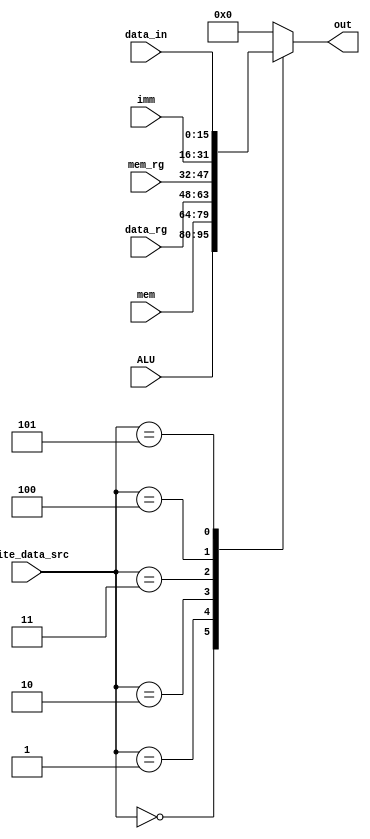
module Mux6 (write_data_src, ALU, data_rg, mem_rg, mem, imm, data_in, out);
	
	input [2:0] write_data_src;
	input [15:0] ALU, data_rg, mem_rg, mem, imm, data_in;
	output reg [15:0] out;
	
	always@(write_data_src or data_rg or mem_rg or mem or imm or ALU or data_in)
		begin
			case(write_data_src)
				
				3'B000: out = ALU;
				3'B001: out = mem;
				3'B010: out = data_rg;
				3'B011: out = mem_rg;
				3'B100: out = imm;
				3'B101: out = data_in;
				default: out = 0;
				
			endcase
		end
	
endmodule